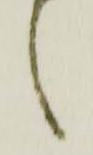
候